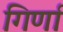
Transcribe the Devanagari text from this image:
गिर्णा